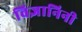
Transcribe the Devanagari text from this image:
विज्ञानिनी